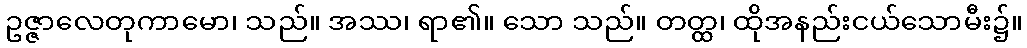
ဥဇ္ဇာလေတုကာမော၊ သည်။ အဿ၊ ရာ၏။ သော သည်။ တတ္ထ၊ ထိုအနည်းငယ်သောမီး၌။